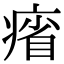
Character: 㾪